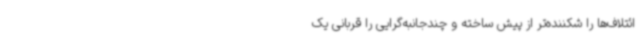
ائتلاف‌ها را شکننده‌تر از پیش ساخته و چندجانبه‌گرایی را قربانی یک